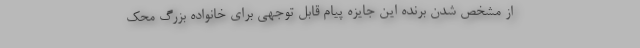
از مشخص شدن برنده این جایزه پیام قابل توجهی برای خانواده بزرگ محک